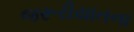
જરૂરીયાતના